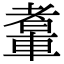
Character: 䡤